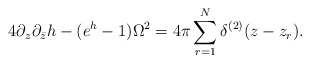
\begin{align*}4\partial_{z}\partial_{\bar{z}}h-(e^{h}-1)\Omega^{2}=4\pi\sum_{r=1}^{N}\delta^{(2)}(z-z_{r}).\end{align*}